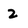
Character: 2